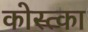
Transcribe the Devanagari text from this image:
कोस्त्का